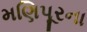
મણિપૂરના